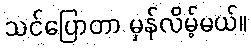
သင်ပြောတာ မှန်လိမ့်မယ်။